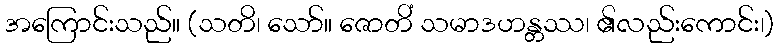
အကြောင်းသည်။ (သတိ၊ သော်။ ဇောတိံ သမာဒဟန္တဿ၊ ၏လည်းကောင်း၊)